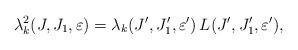
LaTeX: \begin{align*}\lambda_k^2(J,J_1,\varepsilon) = \lambda_k(J',J_1',\varepsilon')\,L( J',J_1',\varepsilon'),\end{align*}